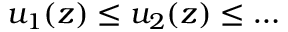
u _ { 1 } ( z ) \leq u _ { 2 } ( z ) \leq \dots